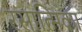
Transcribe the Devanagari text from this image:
रसात्मिका